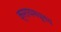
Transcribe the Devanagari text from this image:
क्सायमधूनच